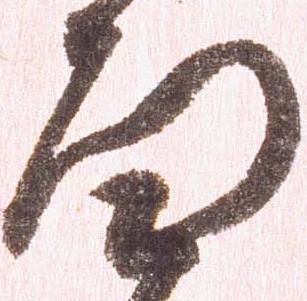
面